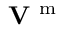
{ \bf V } ^ { \mathrm { ~ m ~ } }